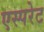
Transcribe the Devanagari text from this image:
एस्परेट